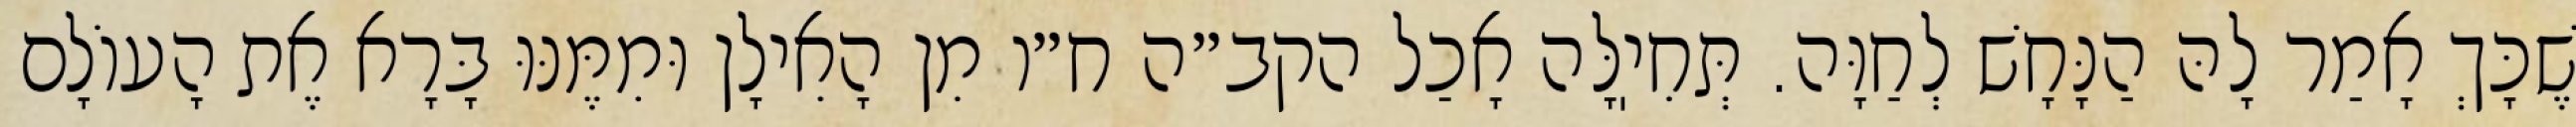
שֶׁכָּךְ אָמַר לָהּ הַנָּחָשׁ לְחַוָּה. תְּחִיֽלָּה אָכַל הקב״ה ח״ו מִן הָאִילָן וּמִמֶּנּוּ בָּרָא אֶת הָעוֹלָם